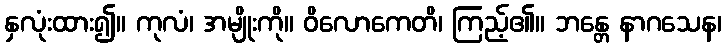
နှလုံးထား၍။ ကုလံ၊ အမျိုးကို။ ဝိလောကေတိ၊ ကြည့်၏။ ဘန္တေ နာဂသေန၊